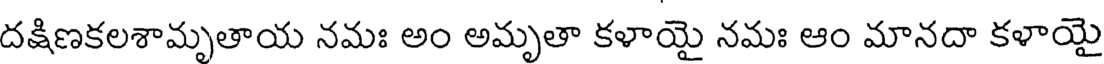
దక్షిణకలశామృతాయ నమః అం అమృతా కళాయై నమః ఆం మానదా కళాయై